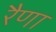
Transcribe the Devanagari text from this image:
रैणा